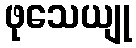
ဖုသေယျု